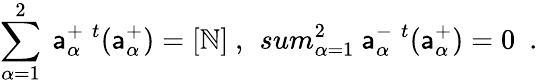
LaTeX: \sum_{\alpha=1}^{2}\ \mathsf{a}_{\alpha}^{+}\ ^{t}(\mathsf{a}_{\alpha}^{+})=[\mathbb{N}]\ ,\ \, sum_{\alpha=1}^{2}\ \mathsf{a}_{\alpha}^{-}\ ^{t}(\mathsf{a}_{\alpha}^{+})=0\ \ .